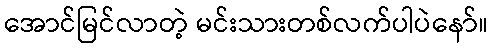
အောင်မြင်လာတဲ့ မင်းသားတစ်လက်ပါပဲနော်။